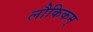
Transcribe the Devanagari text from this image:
लौकिकम्